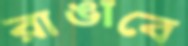
রাঙাবে